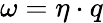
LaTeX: \omega=\eta\cdot q